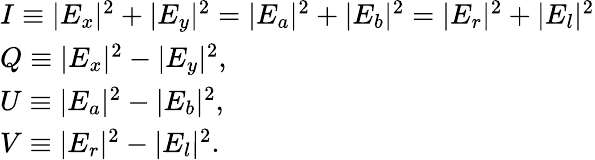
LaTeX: \begin{array}{l}{I\equiv|E_{x}|^{2}+|E_{y}|^{2}=|E_{a}|^{2}+|E_{b}|^{2}=|E_{r}|^{2}+|E_{l}|^{2}}\\ {Q\equiv|E_{x}|^{2}-|E_{y}|^{2},}\\ {U\equiv|E_{a}|^{2}-|E_{b}|^{2},}\\ {V\equiv|E_{r}|^{2}-|E_{l}|^{2}.}\end{array}